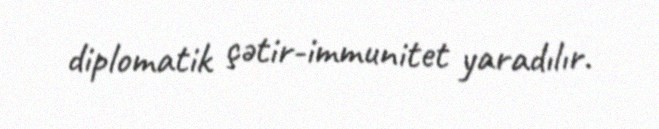
diplomatik çətir-immunitet yaradılır.